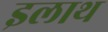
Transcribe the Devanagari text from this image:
इलाथ